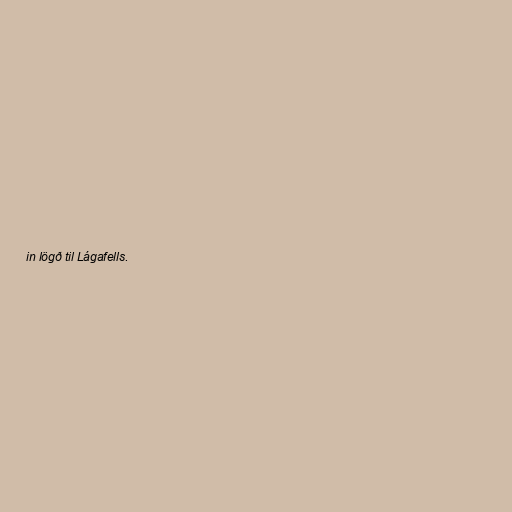
in lögð til Lágafells.